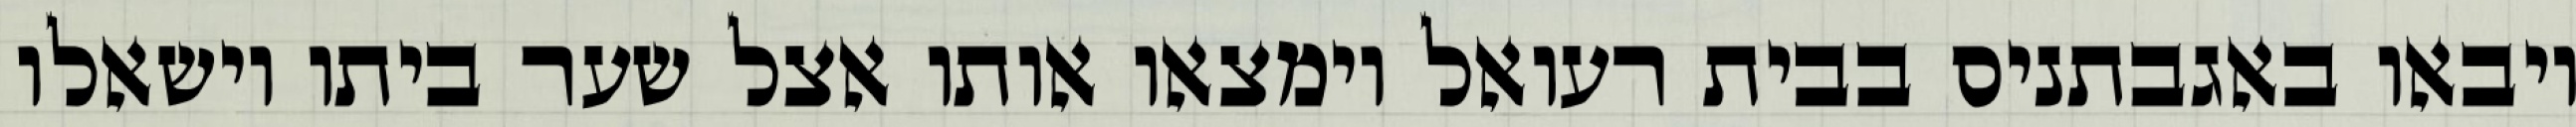
ויבאו באגבתניס בבית רעואל וימצאו אותו אצל שער ביתו וישאלו